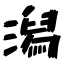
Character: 潟